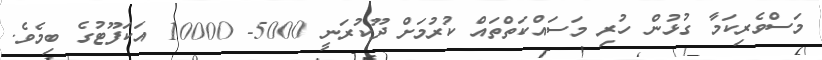
މަސްވެރިކަމާ ގުޅުން ހުރި މަސައްކަތްތައް ކުރުމަށް ދޫކުރަނީ 5000- 10000 އަކަފޫޓުގެ ބިމެވެ.